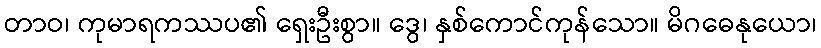
တာဝ၊ ကုမာရကဿပ၏ ရှေးဦးစွာ။ ဒွေ၊ နှစ်ကောင်ကုန်သော။ မိဂဓေနုယော၊